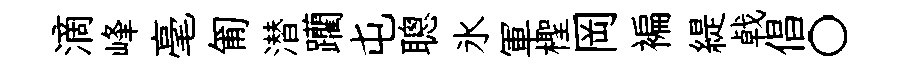
滴峰毫匍潜躪屯聰氷軍檉岡褊緹㦸倡〇